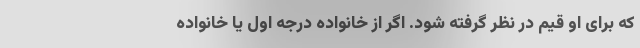
که برای او قیم در نظر گرفته شود. اگر از خانواده درجه اول یا خانواده